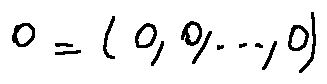
0 = ( 0 , 0 , \ldots , 0 )